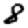
Digit: 8